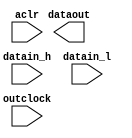
// megafunction wizard: %ALTDDIO_OUT%VBB%
// GENERATION: STANDARD
// VERSION: WM1.0
// MODULE: ALTDDIO_OUT 

// ============================================================
// Megafunction Name(s):
// 			ALTDDIO_OUT
//
// Simulation Library Files(s):
// 			altera_mf
// ============================================================
// ************************************************************
// THIS IS A WIZARD-GENERATED FILE. DO NOT EDIT THIS FILE!
//
// 16.1.0 Build 196 10/24/2016 SJ Standard Edition
// ************************************************************

//Copyright (C) 2016  Intel Corporation. All rights reserved.
//Your use of Intel Corporation's design tools, logic functions 
//and other software and tools, and its AMPP partner logic 
//functions, and any output files from any of the foregoing 
//(including device programming or simulation files), and any 
//associated documentation or information are expressly subject 
//to the terms and conditions of the Intel Program License 
//Subscription Agreement, the Intel Quartus Prime License Agreement,
//the Intel MegaCore Function License Agreement, or other 
//applicable license agreement, including, without limitation, 
//that your use is for the sole purpose of programming logic 
//devices manufactured by Intel and sold by Intel or its 
//authorized distributors.  Please refer to the applicable 
//agreement for further details.

module enet_gtx_clk_ddio_buffer (
	aclr,
	datain_h,
	datain_l,
	outclock,
	dataout);

	input	  aclr;
	input	[7:0]  datain_h;
	input	[7:0]  datain_l;
	input	  outclock;
	output	[7:0]  dataout;

endmodule

// ============================================================
// CNX file retrieval info
// ============================================================
// Retrieval info: LIBRARY: altera_mf altera_mf.altera_mf_components.all
// Retrieval info: PRIVATE: INTENDED_DEVICE_FAMILY STRING "Arria V"
// Retrieval info: CONSTANT: EXTEND_OE_DISABLE STRING "OFF"
// Retrieval info: CONSTANT: INTENDED_DEVICE_FAMILY STRING "Arria V"
// Retrieval info: CONSTANT: INVERT_OUTPUT STRING "OFF"
// Retrieval info: CONSTANT: LPM_HINT STRING "UNUSED"
// Retrieval info: CONSTANT: LPM_TYPE STRING "altddio_out"
// Retrieval info: CONSTANT: OE_REG STRING "UNREGISTERED"
// Retrieval info: CONSTANT: POWER_UP_HIGH STRING "OFF"
// Retrieval info: CONSTANT: WIDTH NUMERIC "8"
// Retrieval info: USED_PORT: aclr 0 0 0 0 INPUT NODEFVAL "aclr"
// Retrieval info: CONNECT: @aclr 0 0 0 0 aclr 0 0 0 0
// Retrieval info: USED_PORT: datain_h 0 0 8 0 INPUT NODEFVAL "datain_h[7..0]"
// Retrieval info: CONNECT: @datain_h 0 0 8 0 datain_h 0 0 8 0
// Retrieval info: USED_PORT: datain_l 0 0 8 0 INPUT NODEFVAL "datain_l[7..0]"
// Retrieval info: CONNECT: @datain_l 0 0 8 0 datain_l 0 0 8 0
// Retrieval info: USED_PORT: dataout 0 0 8 0 OUTPUT NODEFVAL "dataout[7..0]"
// Retrieval info: CONNECT: dataout 0 0 8 0 @dataout 0 0 8 0
// Retrieval info: USED_PORT: outclock 0 0 0 0 INPUT_CLK_EXT NODEFVAL "outclock"
// Retrieval info: CONNECT: @outclock 0 0 0 0 outclock 0 0 0 0
// Retrieval info: GEN_FILE: TYPE_NORMAL enet_gtx_clk_ddio_buffer.v TRUE FALSE
// Retrieval info: GEN_FILE: TYPE_NORMAL enet_gtx_clk_ddio_buffer.qip TRUE FALSE
// Retrieval info: GEN_FILE: TYPE_NORMAL enet_gtx_clk_ddio_buffer.bsf TRUE TRUE
// Retrieval info: GEN_FILE: TYPE_NORMAL enet_gtx_clk_ddio_buffer_inst.v TRUE TRUE
// Retrieval info: GEN_FILE: TYPE_NORMAL enet_gtx_clk_ddio_buffer_bb.v TRUE TRUE
// Retrieval info: GEN_FILE: TYPE_NORMAL enet_gtx_clk_ddio_buffer.inc TRUE TRUE
// Retrieval info: GEN_FILE: TYPE_NORMAL enet_gtx_clk_ddio_buffer.cmp TRUE TRUE
// Retrieval info: GEN_FILE: TYPE_NORMAL enet_gtx_clk_ddio_buffer.ppf TRUE FALSE
// Retrieval info: LIB_FILE: altera_mf